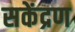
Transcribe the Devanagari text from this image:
सकेंद्रण